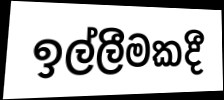
ඉල්ලීමකදී